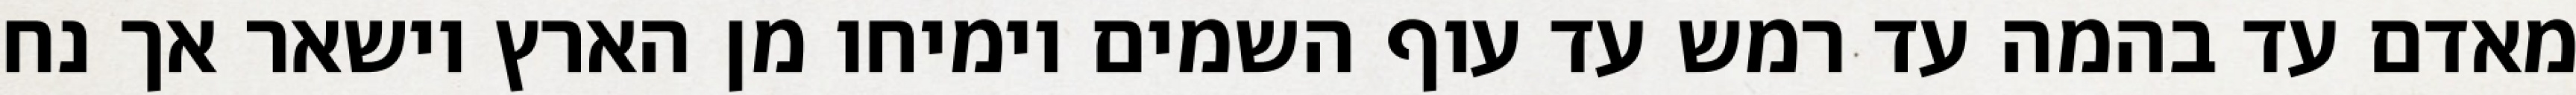
מאדם עד בהמה עד רמש עד עוף השמים וימיחו מן הארץ וישאר אך נח